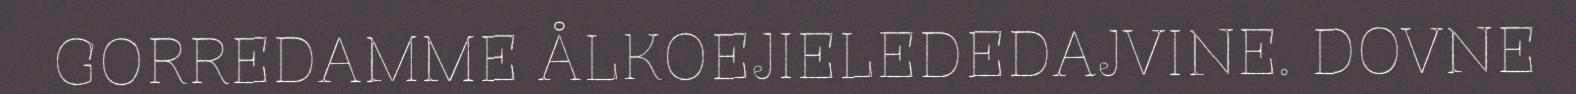
GORREDAMME ÅLKOEJIELEDEDAJVINE. DOVNE